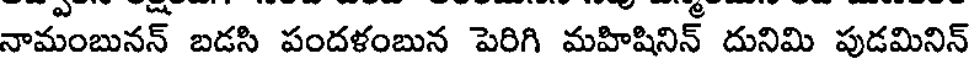
నామంబునన్ బడసి పందళంబున పెరిగి మహిషినిన్ దునిమి పుడమినిన్